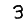
Digit: 3